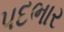
પદભાર